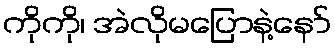
ကိုကို၊ အဲလိုမပြောနဲ့နော်